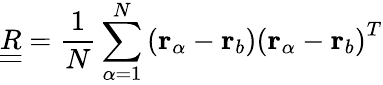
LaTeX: \underline{{\underline{{R}}}}=\frac{1}{N}\sum_{\alpha=1}^{N}\left(\mathbf{r}_{\alpha}-\mathbf{r}_{b}\right)\left(\mathbf{r}_{\alpha}-\mathbf{r}_{b}\right)^{T}